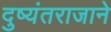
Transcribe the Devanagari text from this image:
दुष्यंतराजाने